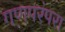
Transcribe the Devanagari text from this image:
गणपरंपरा